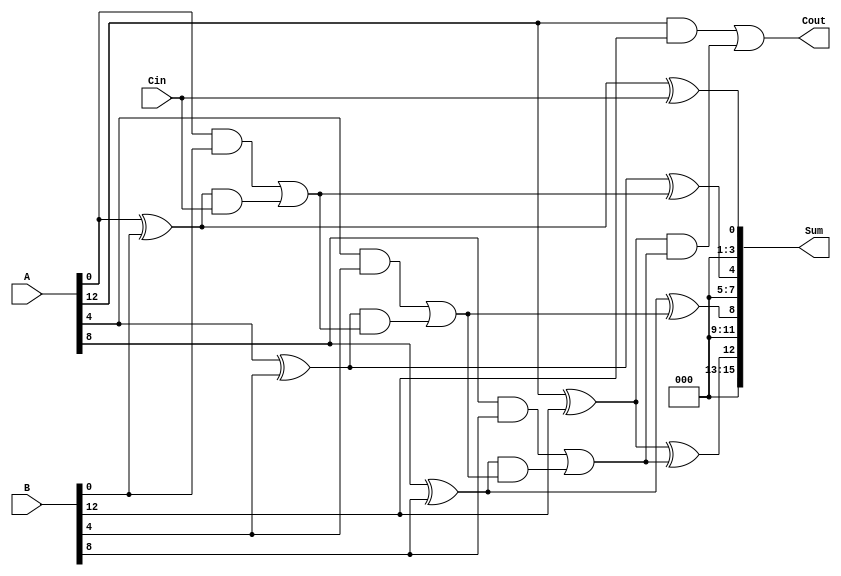
module han_carlson_adder #(parameter N = 16, BLOCK_SIZE = 4) (
    input  [N-1:0] A,       // First n-bit input
    input  [N-1:0] B,       // Second n-bit input
    input  Cin,             // Carry input
    output [N-1:0] Sum,     // Sum output
    output Cout             // Carry output
);

    localparam NUM_BLOCKS = N / BLOCK_SIZE;
    wire [BLOCK_SIZE:0] carry; // Carry outputs from each block
    wire [BLOCK_SIZE-1:0] block_sum [0:NUM_BLOCKS-1]; // Sum output from each block

    // Generate carry for each block
    genvar i;
    generate
        for (i = 0; i < NUM_BLOCKS; i = i + 1) begin : block
            wire [BLOCK_SIZE-1:0] A_block = A[(i+1)*BLOCK_SIZE-1:i*BLOCK_SIZE];
            wire [BLOCK_SIZE-1:0] B_block = B[(i+1)*BLOCK_SIZE-1:i*BLOCK_SIZE];
            wire Cin_block = (i == 0) ? Cin : carry[i-1];

            // Carry generation
            wire G = A_block & B_block; // Generate
            wire P = A_block ^ B_block; // Propagate

            // Block sum and carry out
            assign block_sum[i] = P ^ Cin_block; // Sum calculation
            assign carry[i] = G | (P & Cin_block); // Carry-out calculation
        end
    endgenerate

    // Final carry output
    assign Cout = carry[NUM_BLOCKS-1];

    // Combine block sums into final sum output
    assign Sum = {block_sum[NUM_BLOCKS-1], block_sum[NUM_BLOCKS-2], 
                  block_sum[NUM_BLOCKS-3], block_sum[NUM_BLOCKS-4]};

endmodule